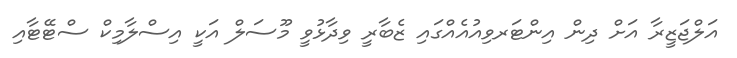
އަލްޖަޒީރާ އަށް ދިން އިންޓަރވިއުއެއްގައި ޒެބާރީ ވިދާޅުވީ މޫސަލް އަކީ އިސްލާމިކް ސްޓޭޓާއި